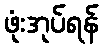
ဖုံးအုပ်ရန်